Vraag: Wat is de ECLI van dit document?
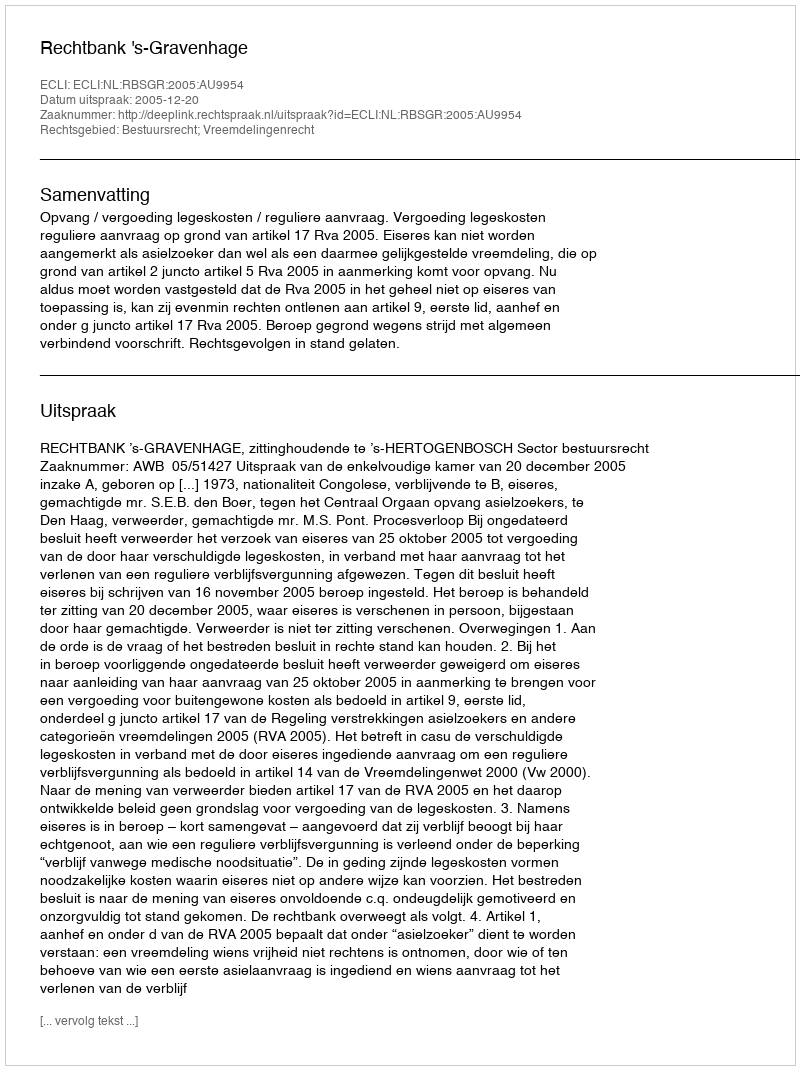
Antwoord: ECLI:NL:RBSGR:2005:AU9954